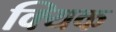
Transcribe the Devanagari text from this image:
क्यिक